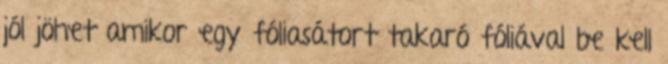
jól jöhet amikor egy fóliasátort takaró fóliával be kell